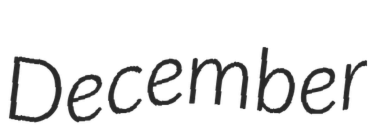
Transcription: December